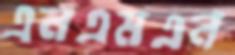
এনএমএন